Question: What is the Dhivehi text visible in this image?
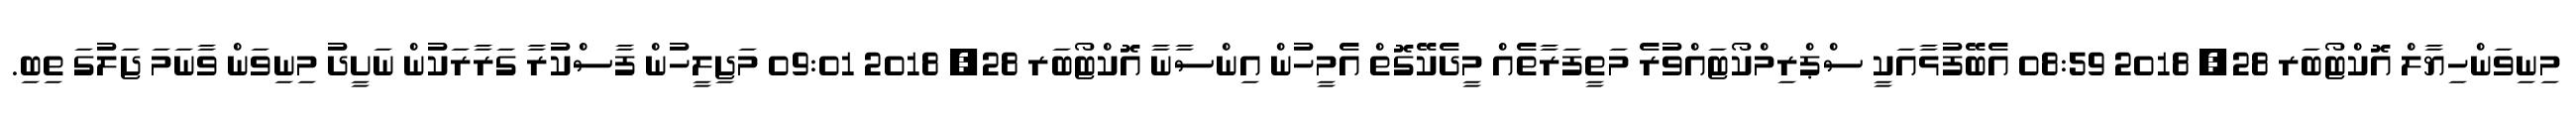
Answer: މިނިވަންހިޔާލް އޮކްޓޯބަރ 28, 2018 08:59 އެބޭފުޅާއަކީ ސްޕްރިމްކޯޓައްވުރެ މަތީފަރާތެއް މީދެކޭގޮތް އެމީހުން އިންސާނާ އޮކްޓޯބަރ 28, 2018 09:01 މަޖިލީހުން ފާސްކުރާ ގަރާރަކުން ނަށީދު މިނިވަން ވާނަމަ ޖަލުގަ ތިބި.